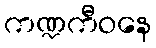
ကဏ္ဍကီဝနေ